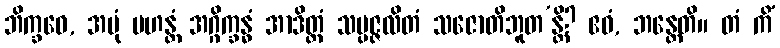
ဘိက္ခဝေ, အမုံ မဟန္တံ အဂ္ဂိက္ခန္ဓံ အာဒိတ္တံ သမ္ပဇ္ဇလိတံ သဇောတိဘူတ’န္တိ? ဧဝံ, ဘန္တေတိ။ တံ ကိံ